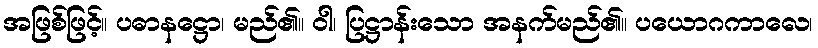
အဖြစ်ဖြင့်။ ပဓာနဋ္ဌော၊ မည်၏။ ဝါ၊ ပြဋ္ဌာန်းသော အနက်မည်၏။ ပယောဂကာလေ၊